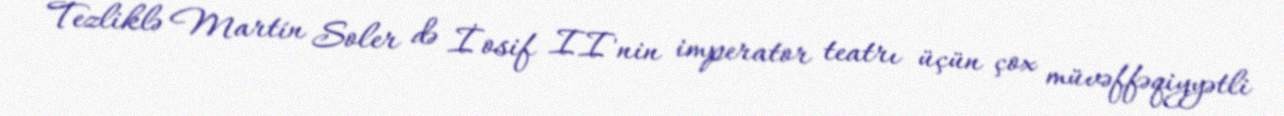
Tezliklə Martín Soler də İosif II'nin imperator teatrı üçün çox müvəffəqiyyətli